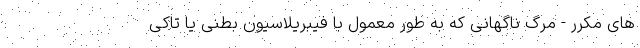
های مکرر - مرگ ناگهانی که به طور معمول با فیبریلاسیون بطنی یا تاکی